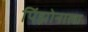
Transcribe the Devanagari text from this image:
पिंझोनाला